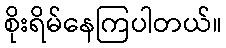
စိုးရိမ်နေကြပါတယ်။